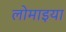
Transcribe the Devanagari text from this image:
लोमाइया